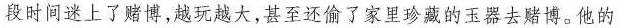
段时间迷上了赌博，越玩越大，甚至还偷了家里珍藏的玉器去赌博。他的